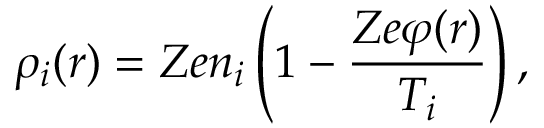
\rho _ { i } ( \boldsymbol { r } ) = Z e n _ { i } \left( 1 - \frac { Z e \varphi ( \boldsymbol { r } ) } { T _ { i } } \right) ,